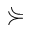
\curlyeqsucc